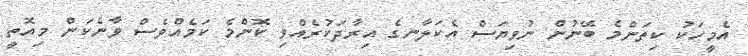
އެމީހަކު ކިތަންމެ ބޭނުން ނުވިޔަސް އެކަލާނގެ އިރާދަކުރެއްވި ކޮންމެ ކަމެއްވެސް ވާނެކަން މިއޮތީ